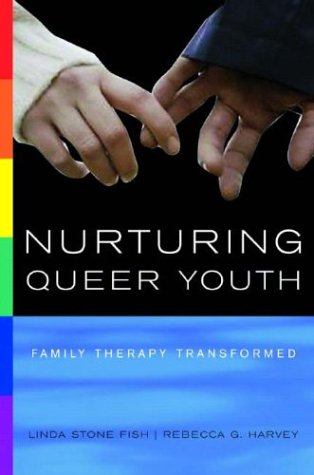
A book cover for Nurturing Queer Youth: Family Therapy Transformed; Linda Stone Fish; Gay & Lesbian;